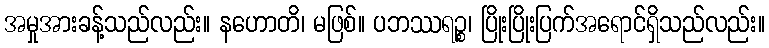
အမှုအားခန့်သည်လည်း။ နဟောတိ၊ မဖြစ်။ ပဘဿရဉ္စ၊ ပြိုးပြိုးပြက်အရောင်ရှိသည်လည်း။